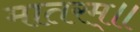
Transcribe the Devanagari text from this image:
मातरम्॥